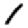
Digit: 1